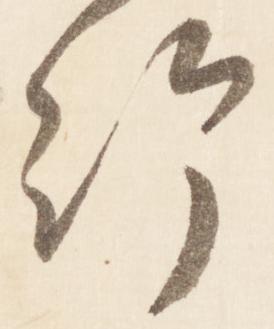
給